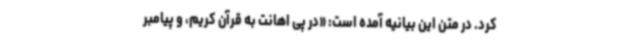
کرد. در متن این بیانیه آمده است: «در پی اهانت به قرآن کریم، و پیامبر